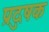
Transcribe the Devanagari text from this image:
प्रदुषक